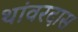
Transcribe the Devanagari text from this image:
थांवरदास